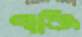
পাঞ্জি